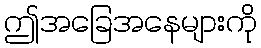
ဤအခြေအနေများကို